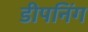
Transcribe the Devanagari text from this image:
डीपनिंग